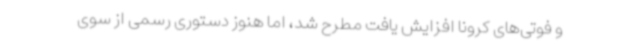
و فوتی‌های کرونا افزایش یافت مطرح شد، اما هنوز دستوری رسمی از سوی